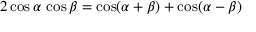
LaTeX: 2 \cos \alpha \, \cos \beta = \cos ( \alpha + \beta ) + \cos ( \alpha - \beta )